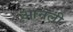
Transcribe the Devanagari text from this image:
आनली